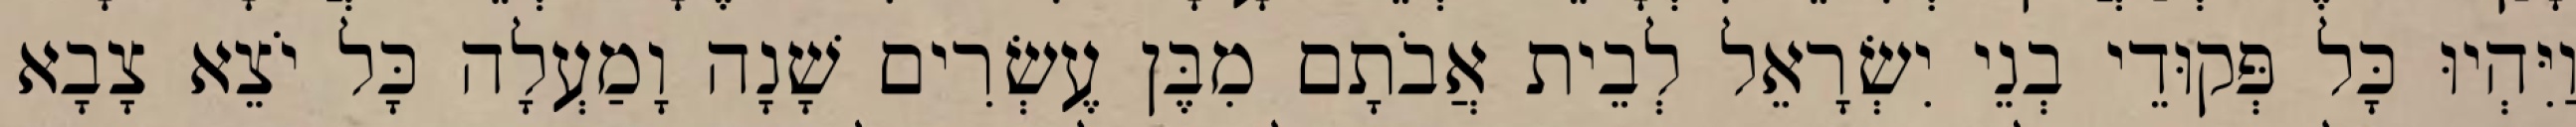
וַיִּהְיוּ כָּל פְּקוּדֵי בְנֵי יִשְׂרָאֵל לְבֵית אֲבֹתָם מִבֶּן עֶשְׂרִים שָׁנָה וָמַעְלָה כָּל יֹצֵא צָבָא